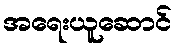
အရေးယူဆောင်